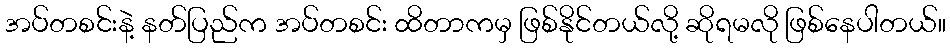
အပ်တစင်းနဲ့ နတ်ပြည်က အပ်တစင်း ထိတာကမှ ဖြစ်နိုင်တယ်လို့ ဆိုရမလို ဖြစ်နေပါတယ်။